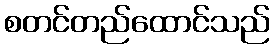
စတင်တည်ထောင်သည်